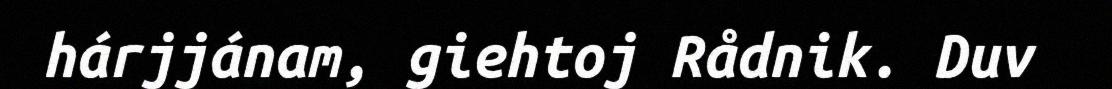
hárjjánam, giehtoj Rådnik. Duv